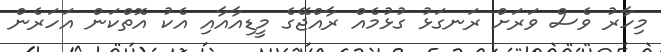
މިހާރު ވެސް ވަރަށް ރަނގަޅު ގުޅުމެއް ރާއްޖޭގެ މީޑިއާއާއި އެކު އޮތްކަން އަހަރެން